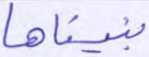
بنيناها